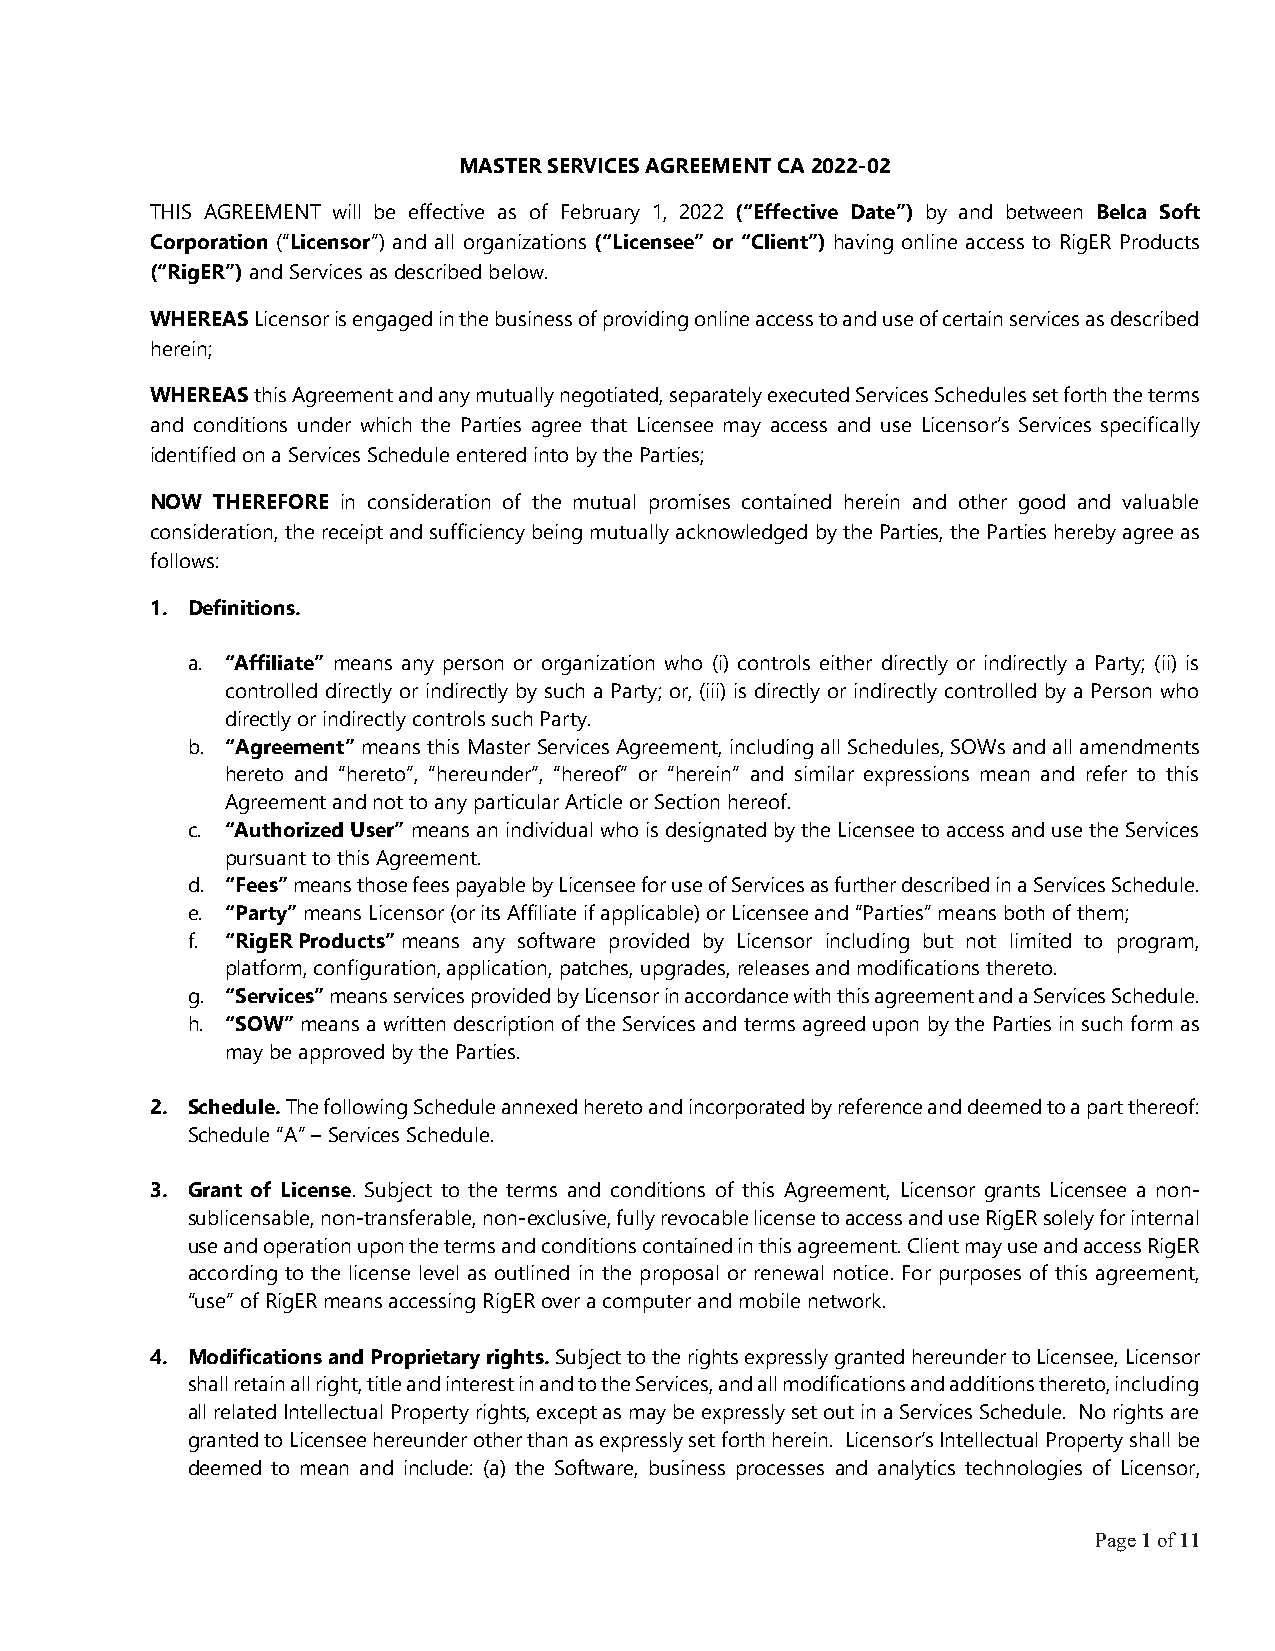
MASTER SERVICES AGREEMENT CA 2022-02
 THIS AGREEMENT will be effective as of February 1, 2022 (“Effective Date”) by and between Belca Soft
 Corporation (“Licensor”) and all organizations (“Licensee” or “Client”) having online access to RigER Products
 (“RigER”) and Services as described below.
 WHEREAS Licensor is engaged in the business of providing online access to and use of certain services as described
 herein;
 WHEREAS this Agreement and any mutually negotiated, separately executed Services Schedules set forth the terms
 and conditions under which the Parties agree that Licensee may access and use Licensor’s Services specifically
 identified on a Services Schedule entered into by the Parties;
 NOW THEREFORE in consideration of the mutual promises contained herein and other good and valuable
 consideration, the receipt and sufficiency being mutually acknowledged by the Parties, the Parties hereby agree as
 follows:
 1. Definitions.
 a. “Affiliate” means any person or organization who (i) controls either directly or indirectly a Party; (ii) is
 controlled directly or indirectly by such a Party; or, (iii) is directly or indirectly controlled by a Person who
 directly or indirectly controls such Party.
 b. “Agreement” means this Master Services Agreement, including all Schedules, SOWs and all amendments
 hereto and “hereto”, “hereunder”, “hereof” or “herein” and similar expressions mean and refer to this
 Agreement and not to any particular Article or Section hereof.
 c. “Authorized User” means an individual who is designated by the Licensee to access and use the Services
 pursuant to this Agreement.
 d. “Fees” means those fees payable by Licensee for use of Services as further described in a Services Schedule.
 e. “Party” means Licensor (or its Affiliate if applicable) or Licensee and “Parties” means both of them;
 f. “RigER Products” means any software provided by Licensor including but not limited to program,
 platform, configuration, application, patches, upgrades, releases and modifications thereto.
 g. “Services” means services provided by Licensor in accordance with this agreement and a Services Schedule.
 h. “SOW” means a written description of the Services and terms agreed upon by the Parties in such form as
 may be approved by the Parties.
 2. Schedule. The following Schedule annexed hereto and incorporated by reference and deemed to a part thereof:
 Schedule “A” – Services Schedule.
 3. Grant of License. Subject to the terms and conditions of this Agreement, Licensor grants Licensee a non-
 sublicensable, non-transferable, non-exclusive, fully revocable license to access and use RigER solely for internal
 use and operation upon the terms and conditions contained in this agreement. Client may use and access RigER
 according to the license level as outlined in the proposal or renewal notice. For purposes of this agreement,
 “use” of RigER means accessing RigER over a computer and mobile network.
 4. Modifications and Proprietary rights. Subject to the rights expressly granted hereunder to Licensee, Licensor
 shall retain all right, title and interest in and to the Services, and all modifications and additions thereto, including
 all related Intellectual Property rights, except as may be expressly set out in a Services Schedule. No rights are
 granted to Licensee hereunder other than as expressly set forth herein. Licensor’s Intellectual Property shall be
 deemed to mean and include: (a) the Software, business processes and analytics technologies of Licensor,
 Page 1 of 11